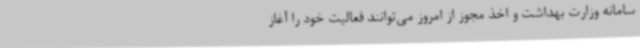
سامانه وزارت بهداشت و اخذ مجوز از امروز می‌توانند فعالیت خود را آغاز